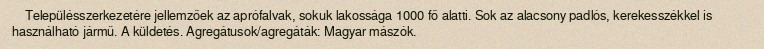
Településszerkezetére jellemzőek az aprófalvak, sokuk lakossága 1000 fő alatti. Sok az alacsony padlós, kerekesszékkel is használható jármű. A küldetés. Agregátusok/agregáták: Magyar mászók.